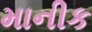
માનીક